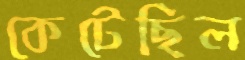
কেটেছিল